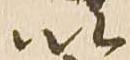
以